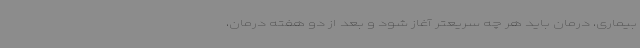
بیماری، درمان باید هر چه سریعتر آغاز شود و بعد از دو هفته درمان،